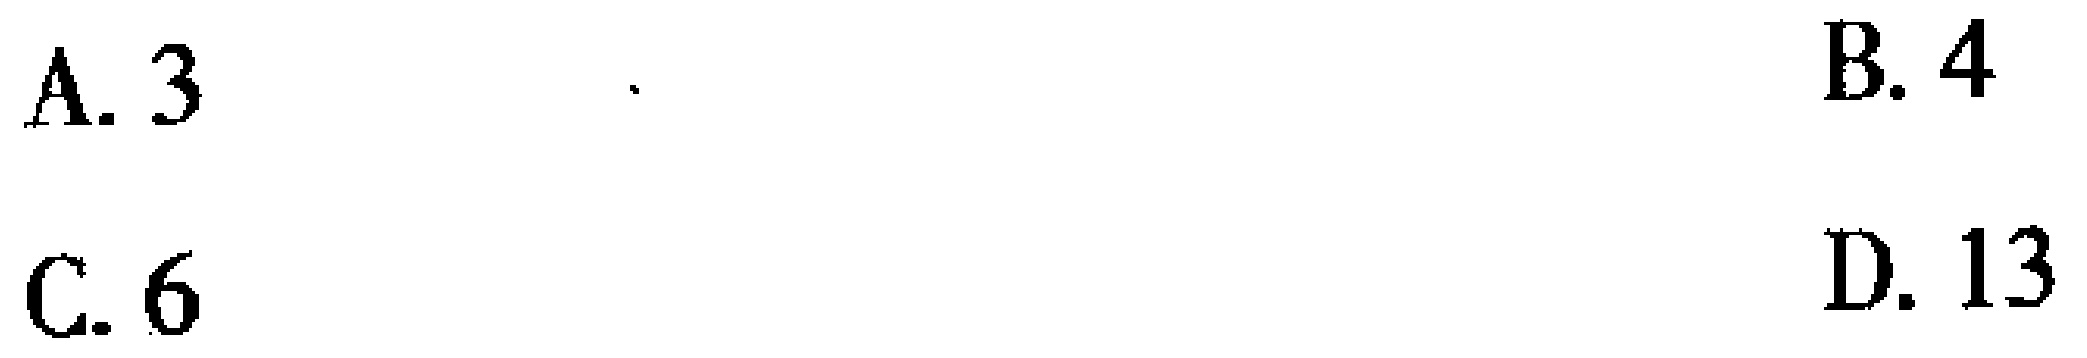
A. 3 \quad B. 4 \quad C. 6 \quad D. 13